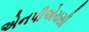
એનપીએચસી